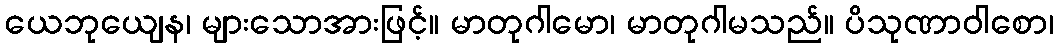
ယေဘုယျေန၊ များသောအားဖြင့်။ မာတုဂါမော၊ မာတုဂါမသည်။ ပိသုဏာဝါစော၊